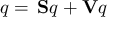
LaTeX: q = \, \mathbf { S } q + \mathbf { V } q